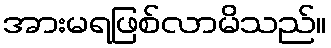
အားမရဖြစ်လာမိသည်။